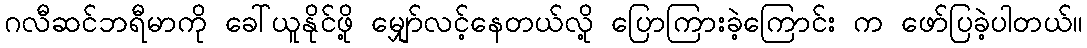
ဂလီဆင်ဘရီမာကို ခေါ်ယူနိုင်ဖို့ မျှော်လင့်နေတယ်လို့ ပြောကြားခဲ့ကြောင်း က ဖော်ပြခဲ့ပါတယ်။